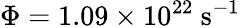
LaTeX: \Phi=1.09\times 10^{22}~\mathrm{s}^{-1}